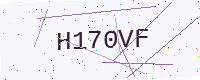
Text: H170VF